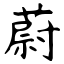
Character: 蔚